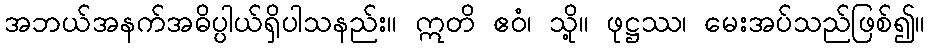
အဘယ်အနက်အဓိပ္ပါယ်ရှိပါသနည်း။ ဣတိ ဧဝံ၊ သို့။ ဖုဋ္ဌဿ၊ မေးအပ်သည်ဖြစ်၍။